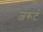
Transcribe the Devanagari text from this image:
ज़रूर्ट